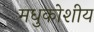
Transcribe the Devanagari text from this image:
मधुकोशीय